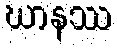
ဃာနဿ